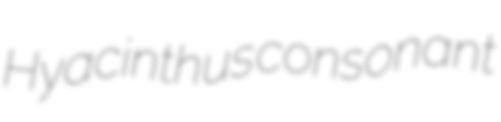
Hyacinthus consonant